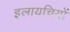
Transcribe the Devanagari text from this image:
इलायचियों